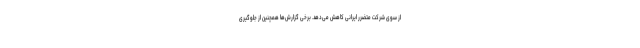
از سوی شرکت متضرر ایرانی کاهش می‌دهد. برخی گزارش‌ها همچنین از جلوگیری